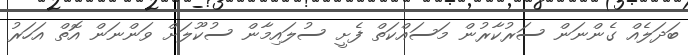
ބަދަލެއް ގެންނަން ސަރުކާރުން މަސައްކަތް ފެށީ ސުލައިމާން ސުކޫލަށް ވަންނަން އޮތް އަހަރު